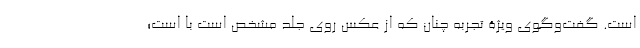
است. گفت‌‌و‌گوی ویژۀ تجربه چنان که از عکس روی جلد مشخص است با است؛